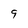
Character: 9